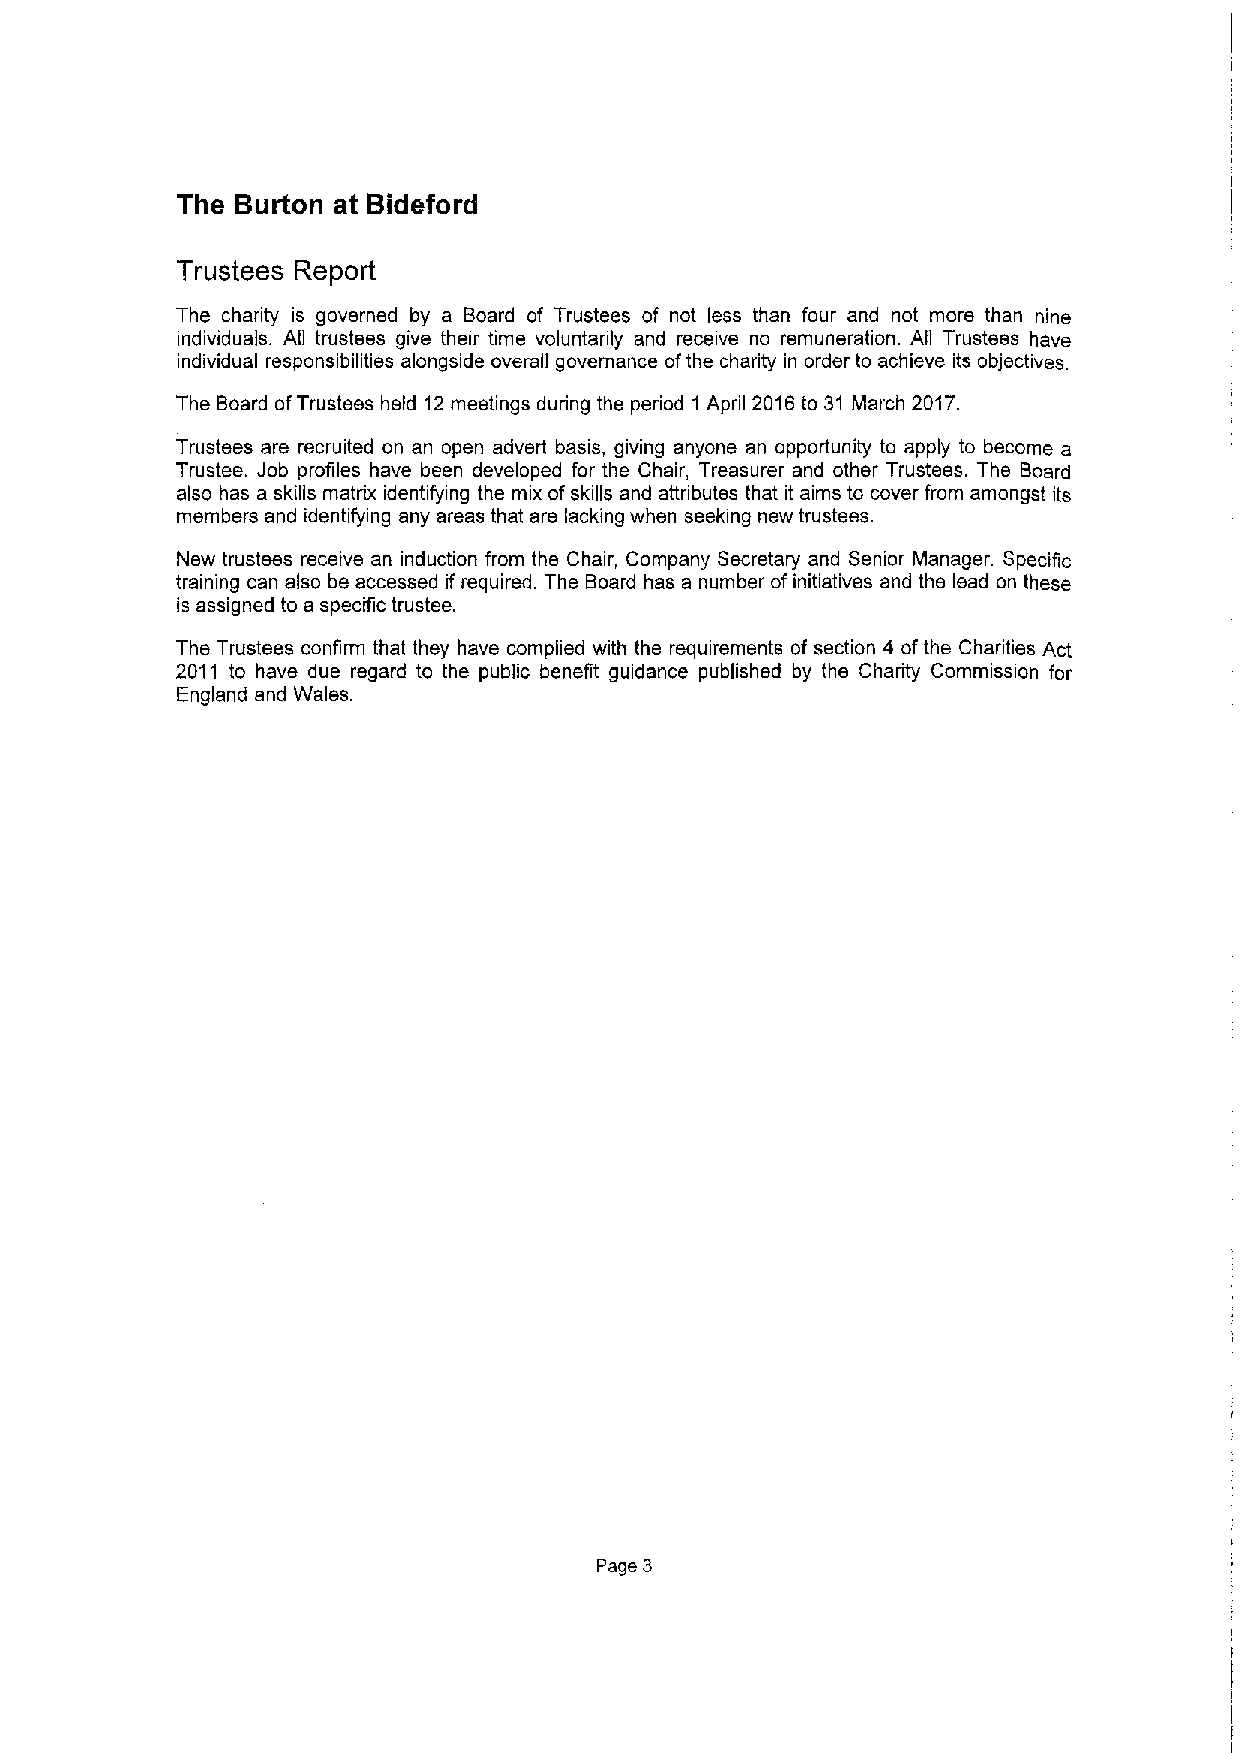
The Burton at Bideford
 Trustees Report
 The charity is governed by a Board of Trustees of not less than four and not more than nine
 individuals. All trustees give their time voluntanly and receive no remuneration. All Trustees have
 individual responsibilities alongside overall governance ofthe charity in order to achieve its objectives.
 The Board ofTrustees held 12meetings during the period 1 April 2016to 31 March 2017.
 Trustees are recruited on an open advert basis, giving anyone an opportunity to apply to become a
 Trustee. Job profiles have been developed for the Chair, Treasurer and other Trustees. The Board
 also has a skills matrix identifying the mix ofskills and attributes that it aims to cover from amongst its
 members and identifying any areas that are lacking when seeking new trustees.
 New trustees receive an induction from the Chair, Company Secretary and Senior Manager. Specific
 training can also be accessed if required. The Board has a number ofinitiatives and the lead on these
 is assigned to a specific trustee.
 The Trustees confirm that they have complied with the requirements of section 4 ofthe Charities Act
 2011 to have due regard to the public benefit guidance published by the Charity Commission for
 England and Wales.
 Page 3